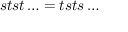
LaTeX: s t s t \ldots = t s t s \ldots